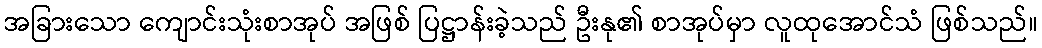
အခြားသော ကျောင်းသုံးစာအုပ် အဖြစ် ပြဋ္ဌာန်းခဲ့သည် ဦးနု၏ စာအုပ်မှာ လူထုအောင်သံ ဖြစ်သည်။